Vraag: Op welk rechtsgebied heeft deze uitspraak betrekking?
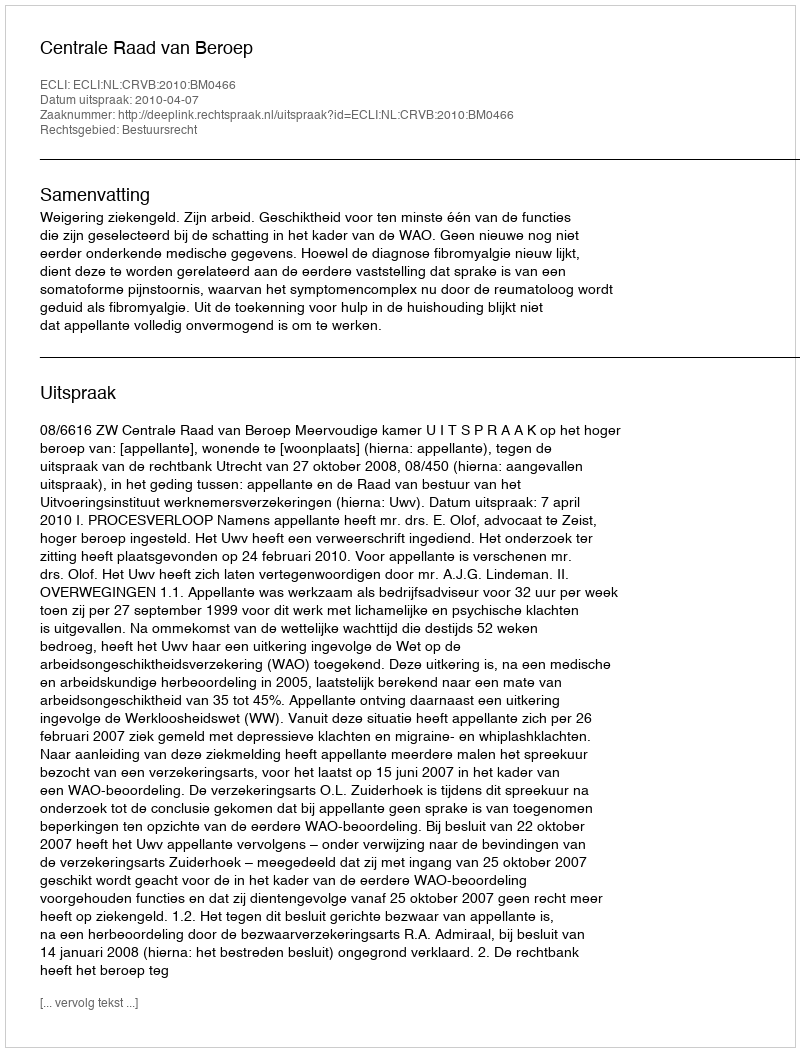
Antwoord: Bestuursrecht